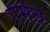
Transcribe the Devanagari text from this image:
एमव